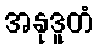
အနုဒူတံ